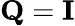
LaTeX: {\mathbf Q}={\mathbf I}